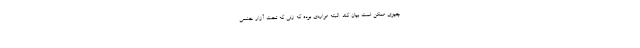
چیزی ممکن است بیان کند. البته مواردی بوده که زنی که تحت آزار جنسی